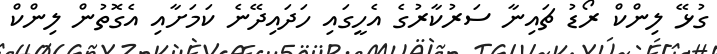
ގުޅޭ ލިންކް ރޯޑު ޗައިނާ ސަރުކާރުގެ އެހީގައި ހަދައިދޭނެ ކަމަށާއި އެގޮތުން ލިންކް